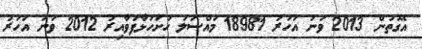
އެގޮތުން 2013 ވަނަ އަހަރު 18981 މައްސަލަ ހުށަހަޅާފަވާއިރު 2012 ވަނަ އަހަރު